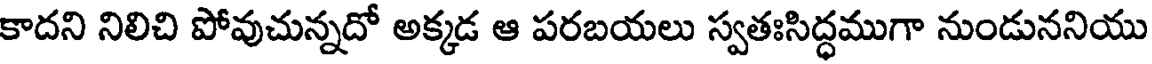
కాదని నిలిచి పోవుచున్నదో అక్కడ ఆ పరబయలు స్వతఃసిద్ధముగా నుండుననియు